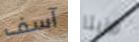
آسف روزيتا